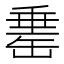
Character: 𦈼